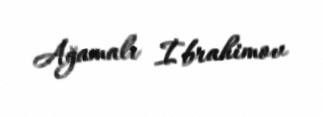
Ağamalı İbrahimov